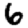
Digit: 6